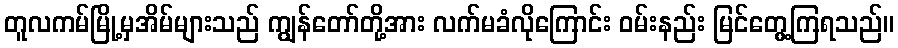
တူလကမ်မြို့မှအိမ်များသည် ကျွန်တော်တို့အား လက်မခံလိုကြောင်း ဝမ်းနည်း မြင်တွေ့ကြရသည်။